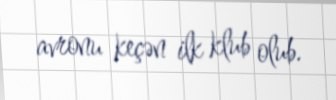
avronu keçən ilk klub olub.